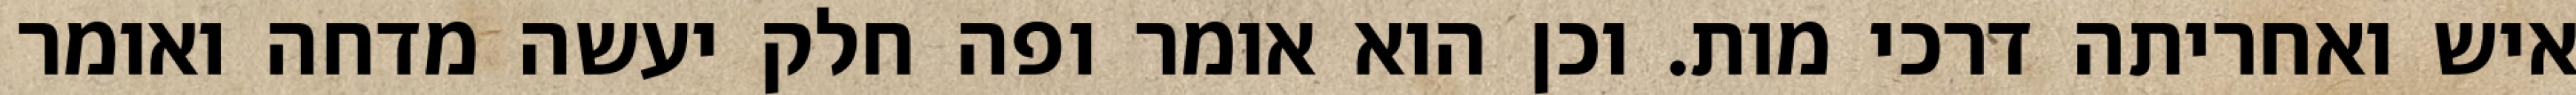
איש ואחריתה דרכי מות. וכן הוא אומר ופה חלק יעשה מדחה ואומר